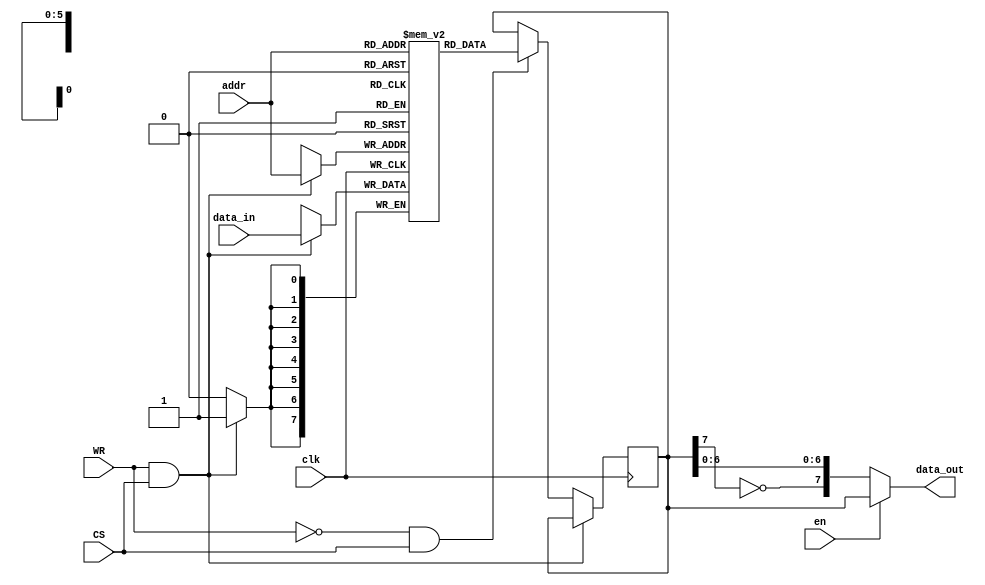
module ram_basic (clk, CS, WR, addr, data_in, data_out, en);
 input         clk;
 input         CS;  //CS = 1, RAM enable
 input         WR;  //WR =1 then WRite enable; WR = 0 then read enable
 input         en;  //data_out enable, convert the data sequency
 input  [5:0]  addr;
 input  [7:0]  data_in;
 output [7:0]  data_out;

 reg [7:0] RAM8x64 [0:63];
 reg [7:0] mem_data;
 
     always @ (posedge clk)
         if (WR && CS) //WRite
            RAM8x64 [addr] <= data_in [7:0];
         else if (~WR && CS ) // read
            mem_data <= RAM8x64 [addr]; 
         
  assign data_out = (en)? mem_data[7:0] : {~mem_data[7], mem_data[6:0]};
         


endmodule